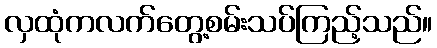
လှထုံကလက်တွေ့စမ်းသပ်ကြည့်သည်။